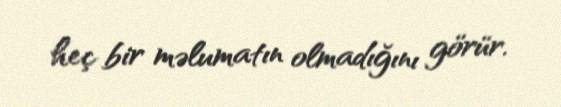
heç bir məlumatın olmadığını görür.